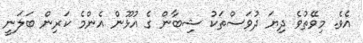
އެވެ. މިވޭތުވެ ދިޔަ ދުވަސްތަކު ޝިބާން ގެ އުޅޫން އެންމެ ކަރިން ބަލަނީ